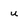
Character: u